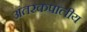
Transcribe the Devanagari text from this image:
अंतरकपालीय